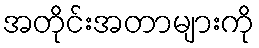
အတိုင်းအတာများကို